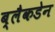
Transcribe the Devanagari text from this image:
ब्लैकडेन